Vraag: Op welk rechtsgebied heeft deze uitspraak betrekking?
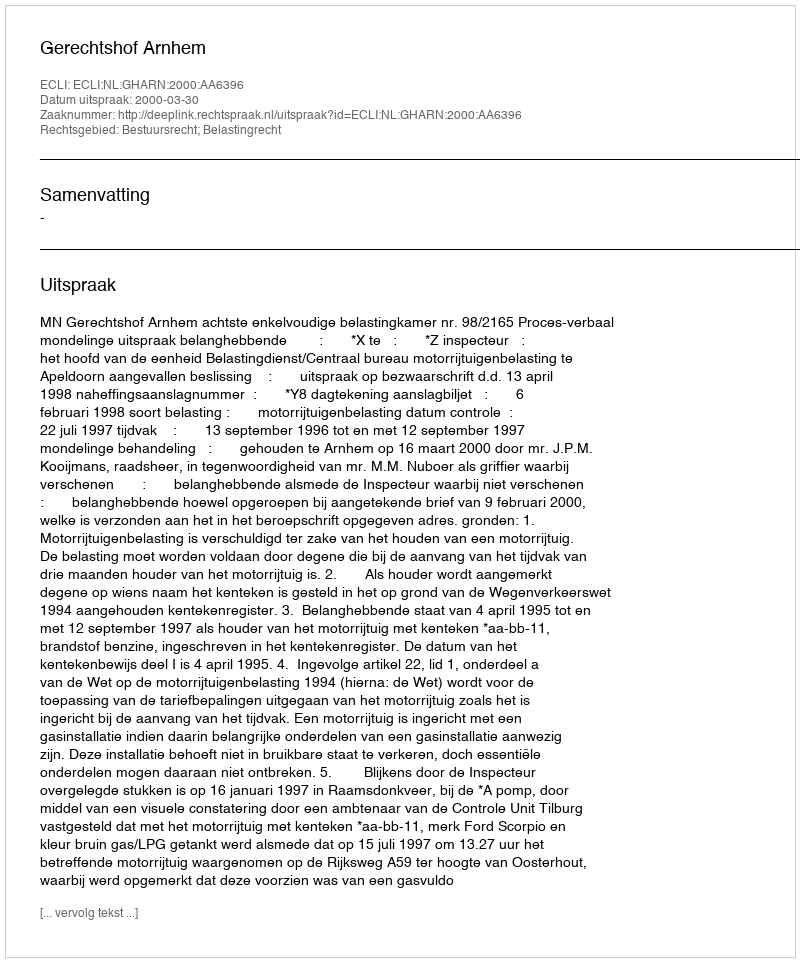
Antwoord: Bestuursrecht; Belastingrecht